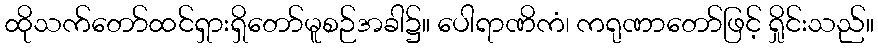
ထိုသက်တော်ထင်ရှားရှိတော်မူစဉ်အခါ၌။ ပေါရာဏိကံ၊ ကရုဏာတော်ဖြင့် ရှိုင်းသည်။